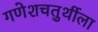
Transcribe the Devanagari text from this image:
गणेशचतुर्थीला